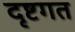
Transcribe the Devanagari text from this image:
दृष्टगत